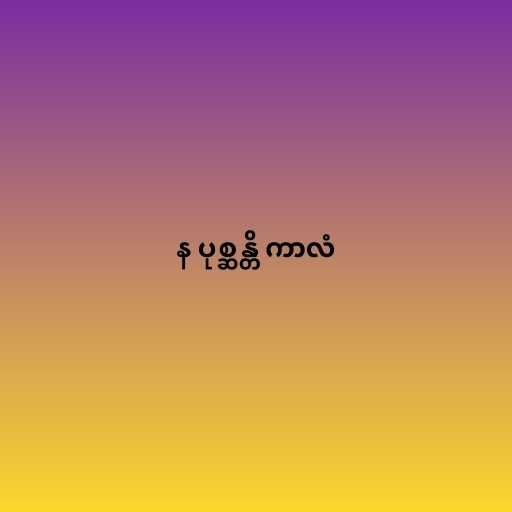
န ပုစ္ဆန္တိ ကာလံ